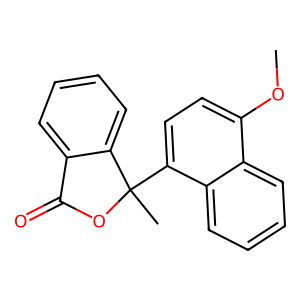
SMILES: COc1ccc(C2(C)OC(=O)c3ccccc32)c2ccccc12
Inhibits HIV replication: No